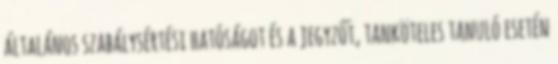
általános szabálysértési hatóságot és a jegyzőt, tanköteles tanuló esetén